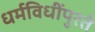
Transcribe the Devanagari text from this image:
धर्मविधींपुरते